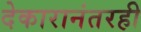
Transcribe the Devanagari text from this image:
देकारानंतरही